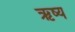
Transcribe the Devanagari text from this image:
ऋष्य